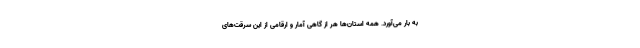
به‌ بار می‌آورد. همه استان‌ها هر از گاهی آمار و ارقامی از این سرقت‌های